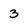
Character: 3